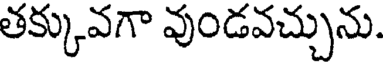
తక్కువగా వుండవచ్చును.